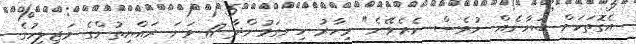
އެގޮތަކަށް ބަޔާނެއް ނުވެސް ނެރެވޭނެ" މިހާރު ހިނގަމުންދާ 17 ވަނަ ރައްޔިތުންގެ މަޖިލީހުގެ